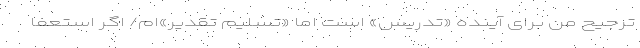
ترجیح من برای آینده «تدریس» است اما «تسلیم تقدیر»‌ام/ اگر استعفا